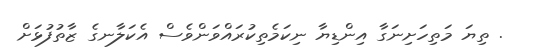
. ތިޔަ މަތިހަށިނަގާ އިންޑިޔާ ނިކަމެތިކުރައްވަންވެސް އެކަލާނގެ ޒާތުފުޅަށް